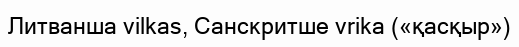
Литванша vilkas, Санскритше vrika («қасқыр»)